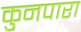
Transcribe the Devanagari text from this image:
कुनपारा